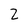
Character: Z